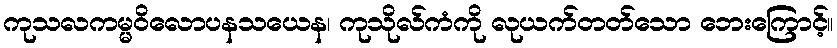
ကုသလကမ္မဝိလောပနသယေန၊ ကုသိုလ်ကံကို လုယက်တတ်သော ဘေးကြောင့်။